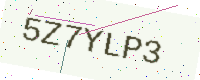
Text: 5Z7YLP3